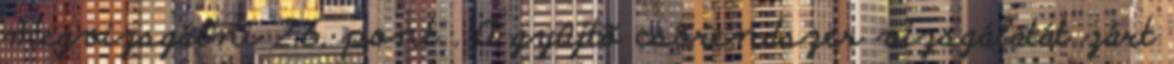
megvizsgálni 2.6. pont . A gyûjtõ csõrendszer vizsgálatát zárt